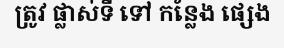
ត្រូវ ផ្លាស់ទី ទៅ កន្លែង ផ្សេង